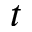
t